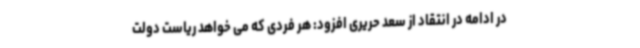
در ادامه در انتقاد از سعد حریری افزود: هر فردی که می خواهد ریاست دولت